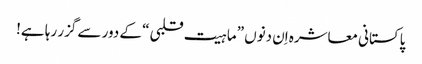
پاکستانی معاشرہ اِن دنوں ”ماہیت قلبی“ کے دور سے گزر رہا ہے!